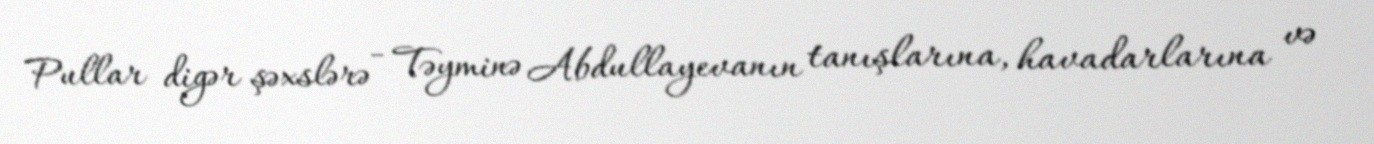
Pullar digər şəxslərə - Təyminə Abdullayevanın tanışlarına, havadarlarına və